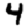
Digit: 4